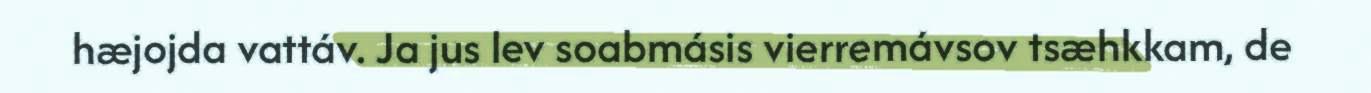
hæjojda vattáv. Ja jus lev soabmásis vierremávsov tsæhkkam, de